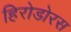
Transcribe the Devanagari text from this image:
हिरोडोरस